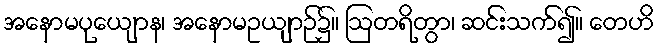
အနောမပုယျောန၊ အနောမဥယျာဉ်၌။ ဩတရိတွာ၊ ဆင်းသက်၍။ တေဟိ